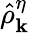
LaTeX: \hat{\rho}_{\mathbf k}^{\eta}